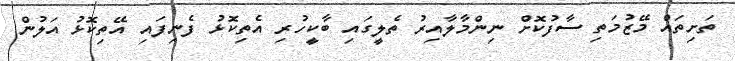
ތަށިތައް މޭޒުމަތި ސާފުކޮށް ނިންމާލާއިރު ތެލީގައި ބާކީހުރި އެތިކޮޅު ފެނިފައި އޭތިކޮޅު އަލުން